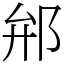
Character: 𨚕